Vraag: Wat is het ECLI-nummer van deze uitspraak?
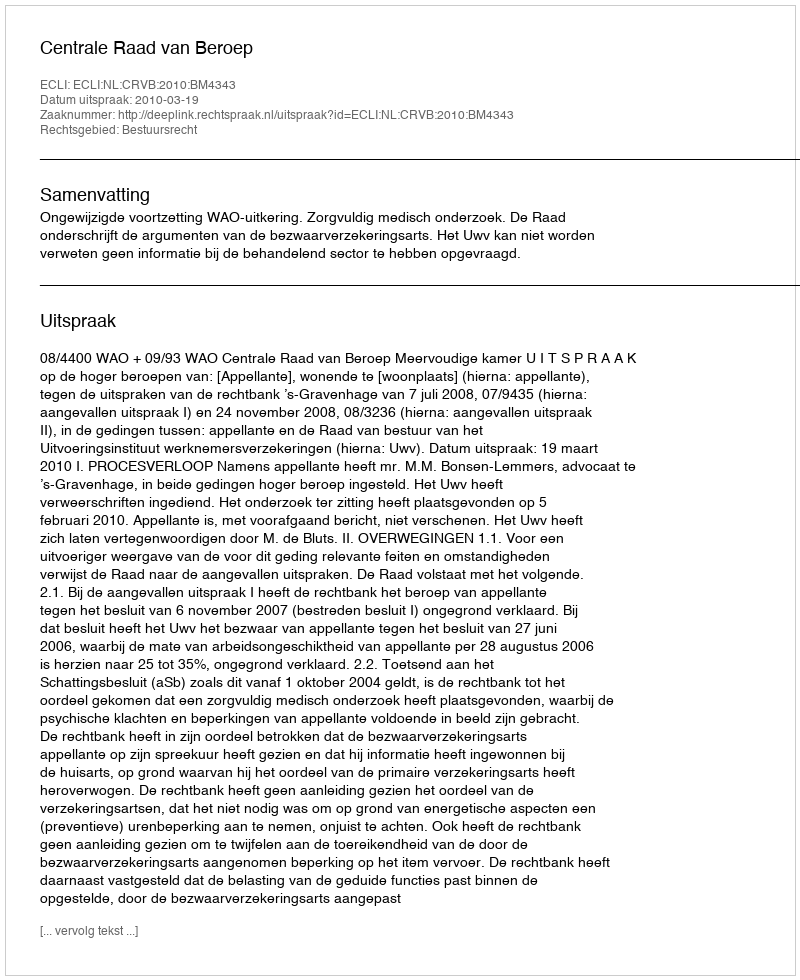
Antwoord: ECLI:NL:CRVB:2010:BM4343